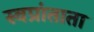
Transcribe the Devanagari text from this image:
स्वप्रांताता